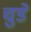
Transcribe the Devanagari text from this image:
चुडे